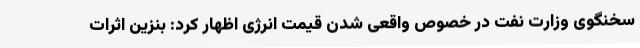
سخنگوی وزارت نفت در خصوص واقعی شدن قیمت انرژی اظهار کرد: بنزین اثرات